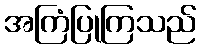
အကြံပြုကြသည်